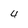
Character: 4